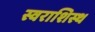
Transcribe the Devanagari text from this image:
स्वराशिस्थ